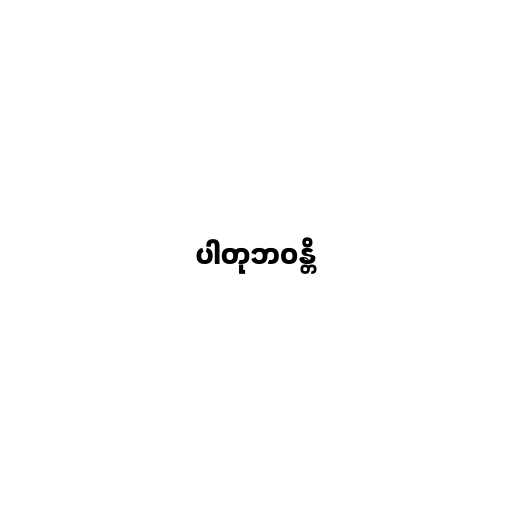
ပါတုဘဝန္တိ